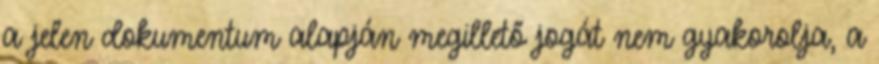
a jelen dokumentum alapján megillető jogát nem gyakorolja, a